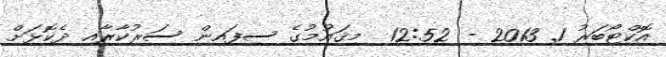
އޮކްޓޯބަރު 1